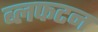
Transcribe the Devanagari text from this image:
ब्लफटन